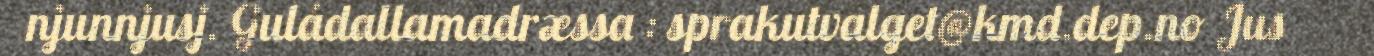
njunnjusj. Guládallamadræssa : sprakutvalget@kmd.dep.no Jus